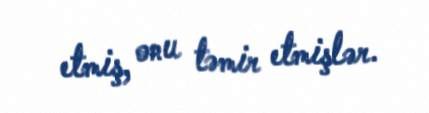
etmiş, onu təmir etmişlər.